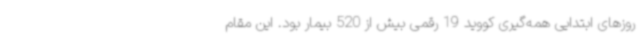
روزهای ابتدایی همه‌گیری کووید 19 رقمی بیش از 520 بیمار بود. این مقام